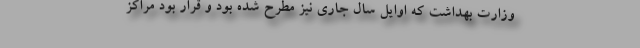
وزارت بهداشت که اوایل سال جاری نیز مطرح شده بود و قرار بود مراکز